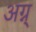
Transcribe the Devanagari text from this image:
अग्न्